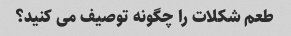
طعم شکلات را چگونه توصیف می کنید؟